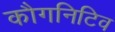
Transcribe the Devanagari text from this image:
कौगनिटिव